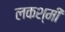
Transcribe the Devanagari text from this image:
लकश्मी